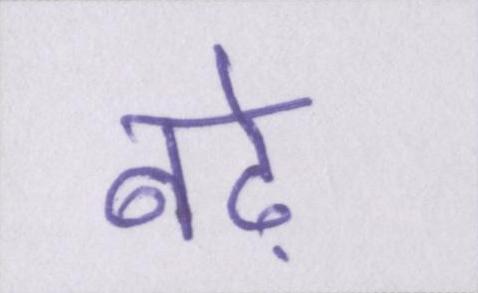
बढ़े